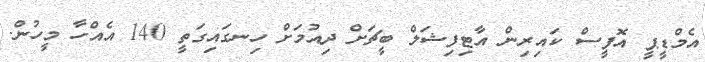
އެމްޑީޕީ އޮފީސް ކައިރިން އާޓިފިޝަލް ބީޗަށް ދިއުމަށް ހިނގައިގަތީ 140 އެއްހާ މީހުން.